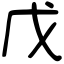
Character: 戊